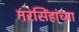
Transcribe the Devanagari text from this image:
नरसिंहांच्या